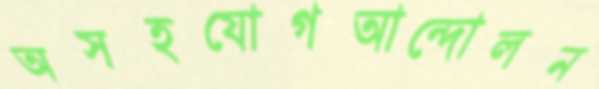
অসহযোগআন্দোলন